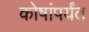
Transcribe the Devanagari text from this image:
कोषांपर्यंत